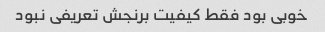
خوبی بود فقط کیفیت برنجش تعریفی نبود